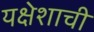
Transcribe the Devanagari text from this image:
यक्षेशाची